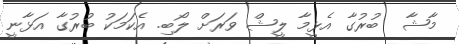
މާޝާ  ބުރުގާ އެޅީމާ ލީޝް ވަރަށް ލޯބި. އެކަމަކު ބުރުގާ އަޅާނީ